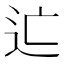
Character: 𨑑